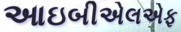
આઇબીએલએફ